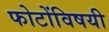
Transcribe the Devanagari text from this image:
फोटोंविषयी